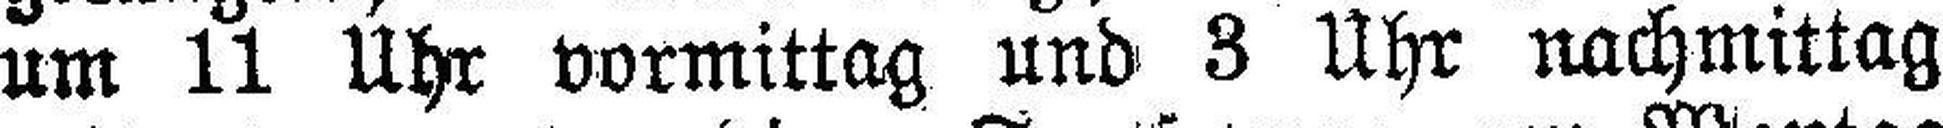
um 11 Uhr vormittag und 3 Uhr nachmittag